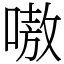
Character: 嗷